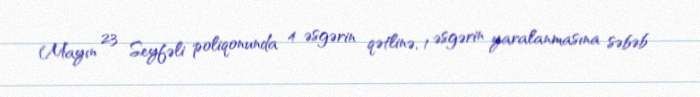
Mayın 23 Seyfəli poliqonunda 4 əsgərin qətlinə, 1 əsgərin yaralanmasına səbəb